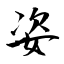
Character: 姿